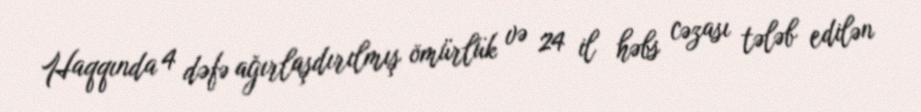
Haqqında 4 dəfə ağırlaşdırılmış ömürlük və 24 il həbs cəzası tələb edilən